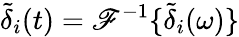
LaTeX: \tilde{\delta}_{i}(t)=\mathscr{F}^{-1}\{ \tilde{\delta}_{i}(\omega)\}